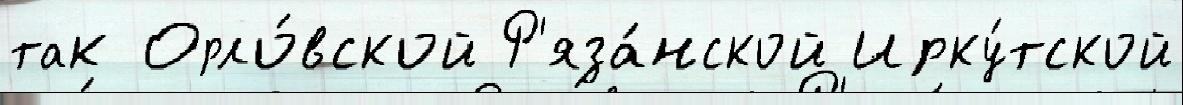
так Орло́вской Р'яза́нской Ирку́тской